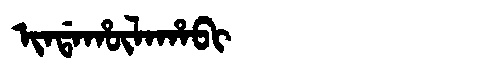
Manchu: ᡳᠨᡩᠠᡥᡡᠯᠠᡥᠠᠪᡳ
Romanization: INDAHŪLAHABI